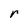
Character: r